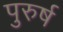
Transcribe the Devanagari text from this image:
पुरुर्ष